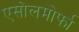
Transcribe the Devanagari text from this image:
एसोलमोर्फा